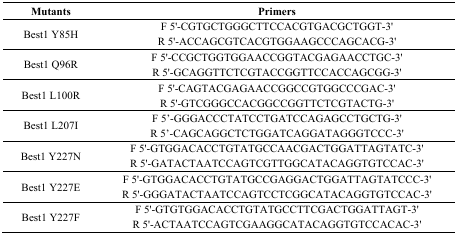
| Mutants | Primers |
 | --- | --- |
 | Best1 Y85H | F 5′-CGTGCTGGGCTTCCACGTGACGCTGGT-3′R 5′-ACCAGCGTCACGTGGAAGCCCAGCACG-3′ |
 | Best1 Q96R | F 5′-CCGCTGGTGGAACCGGTACGAGAACCTGC-3′R 5′-GCAGGTTCTCGTACCGGTTCCACCAGCGG-3′ |
 | Best1 L100R | F 5′-CAGTACGAGAACCGGCCGTGGCCCGAC-3′R 5′-GTCGGGCCACGGCCGGTTCTCGTACTG-3′ |
 | Best1 L207I | F 5′-GGGACCCTATCCTGATCCAGAGCCTGCTG-3′R 5′-CAGCAGGCTCTGGATCAGGATAGGGTCCC-3′ |
 | Best1 Y227N | F 5′-GTGGACACCTGTATGCCAACGACTGGATTAGTATC-3′R 5′-GATACTAATCCAGTCGTTGGCATACAGGTGTCCAC-3′ |
 | Best1 Y227E | F 5′-GTGGACACCTGTATGCCGAGGACTGGATTAGTATCCC-3′R 5′-GGGATACTAATCCAGTCCTCGGCATACAGGTGTCCAC-3′ |
 | Best1 Y227F | F 5′-GTGTGGACACCTGTATGCCTTCGACTGGATTAGT-3′R 5′-ACTAATCCAGTCGAAGGCATACAGGTGTCCACAC-3′ |